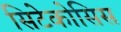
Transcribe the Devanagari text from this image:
सिटेकोसिस